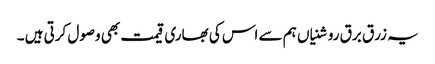
یہ زرق برق روشنیاں ہم سے اس کی بھاری قیمت بھی وصول کرتی ہیں ۔